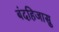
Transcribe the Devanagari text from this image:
बंदहिजासु